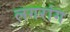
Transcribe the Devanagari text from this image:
लगरांग